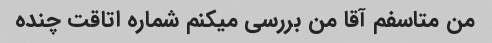
من متاسفم آقا من بررسی میکنم شماره اتاقت چنده